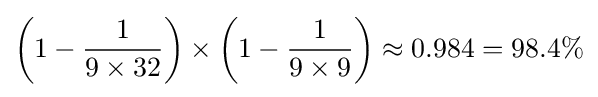
\left(1-{\frac {1}{9\times 32}}\right)\times \left(1-{\frac {1}{9\times 9}}\right)\approx 0.984=98.4\%